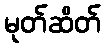
မုတ်ဆိတ်